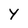
Character: Y